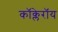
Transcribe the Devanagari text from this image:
कॉक्लेरॉय